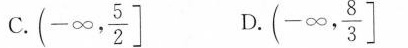
C.(- \infty , \frac{5}{2}\r] D.(- \infty , \frac{8}{3}\r]